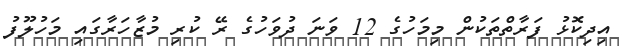
އިދިކޮޅު ފަރާތްތަކުން މިމަހުގެ 12 ވަނަ ދުވަހުގެ ރޭ ކުރި މުޒާހަރާގައި މަހުލޫފު